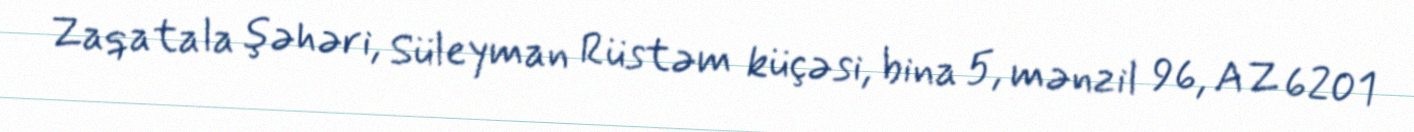
Zaqatala şəhəri, Süleyman Rüstəm küçəsi, bina 5, mənzil 96, AZ 6201